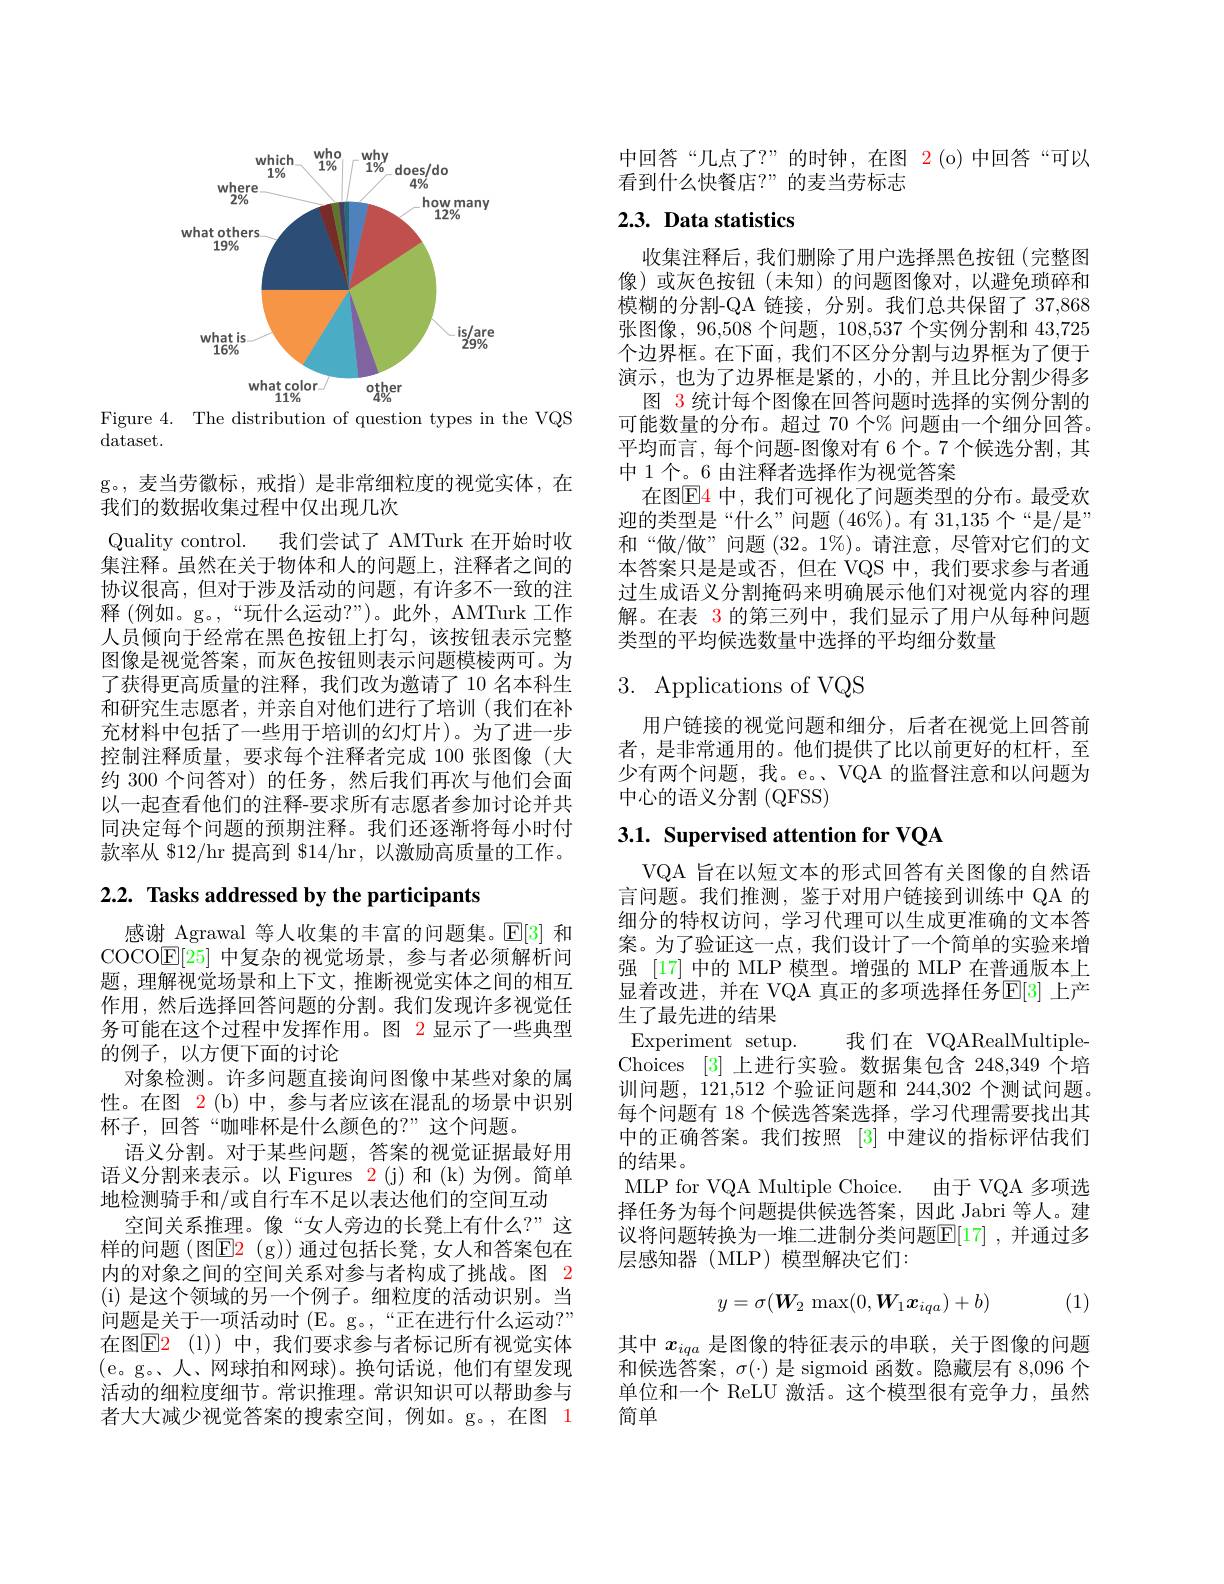
<FigureHere>

Figure 4. The distribution of question types in the VQS
dataset.

g。,麦当劳徽标，戒指)是非常细粒度的视觉实体，在
我们的数据收集过程中仅出现几次
Quality control. 我们尝试了 AMTurk 在开始时收集注释。虽然在关于物体和人的问题上，注释者之间的协议很高，但对于涉及活动的问题，有许多不一致的注释 (例如。g。,“玩什么运动？”)。此外，AMTurk 工作人员倾向于经常在黑色按钮上打勾，该按钮表示完整图像是视觉答案，而灰色按钮则表示问题模棱两可。为了获得更高质量的注释，我们改为邀请了 10 名本科生和研究生志愿者，并亲自对他们进行了培训(我们在补充材料中包括了一些用于培训的幻灯片)。为了进一步控制注释质量，要求每个注释者完成 100 张图像(大约 300 个问答对) 的任务，然后我们再次与他们会面以一起查看他们的注释-要求所有志愿者参加讨论并共同决定每个问题的预期注释。我们还逐渐将每小时付款率从 $12/hr 提高到 $14/hr,以激励高质量的工作。

# 2.2. Tasks addressed by the participants

感谢 Agrawal 等人收集的丰富的问题集。$\mathbb{E}[3]$和COCO$\mathbb{E}[25]$中复杂的视觉场景，参与者必须解析问题，理解视觉场景和上下文，推断视觉实体之间的相互作用，然后选择回答问题的分割。我们发现许多视觉任务可能在这个过程中发挥作用。图 2 显示了一些典型的例子，以方便下面的讨论
对象检测。许多问题直接询问图像中某些对象的属性。在图 2(b)中，参与者应该在混乱的场景中识别杯子，回答“咖啡杯是什么颜色的？”这个问题。
语义分割。对于某些问题，答案的视觉证据最好用语义分割来表示。以 Figures 2(j)和(k)为例。简单地检测骑手和/或自行车不足以表达他们的空间互动
空间关系推理。像“女人旁边的长凳上有什么？”这样的问题 (图$\color{red}{\mathrm{E2~(g))}}$ 通过包括长凳，女人和答案包在内的对象之间的空间关系对参与者构成了挑战。图 2 (i) 是这个领域的另一个例子。细粒度的活动识别。当问题是关于一项活动时 (E。g。,“正在进行什么运动？” 在图$\mathsf{E} 2$ (l))中，我们要求参与者标记所有视觉实体(e。g。人、网球拍和网球)。换句话说，他们有望发现活动的细粒度细节。常识推理。常识知识可以帮助参与者大大减少视觉答案的搜索空间，例如。g。,在图 1

中回答“几点了？”的时钟，在图 2(o)中回答“可以
看到什么快餐店？”的麦当劳标志

## 2.3. Data statistics

收集注释后，我们删除了用户选择黑色按钮(完整图像)或灰色按钮(未知)的问题图像对，以避免琐碎和模糊的分割-QA 链接，分别。我们总共保留了 37,868张图像，96,508 个问题，108,537 个实例分割和 43,725个边界框。在下面，我们不区分分割与边界框为了便于演示，也为了边界框是紧的，小的，并且比分割少得多
图 3 统计每个图像在回答问题时选择的实例分割的可能数量的分布。超过 70 个% 问题由一个细分回答。平均而言，每个问题-图像对有 6 个。7 个候选分割，其中 1 个。6 由注释者选择作为视觉答案
在图$\mathbb{E}$4 中，我们可视化了问题类型的分布。最受欢迎的类型是“什么”问题(46$\%)。有 31,135个“是/是”$ 和“做/做”问题(32。1%)。请注意，尽管对它们的文本答案只是是或否，但在 VQS 中，我们要求参与者通过生成语义分割掩码来明确展示他们对视觉内容的理解。在表 3 的第三列中，我们显示了用户从每种问题类型的平均候选数量中选择的平均细分数量

# 3. Applications of VQS

用户链接的视觉问题和细分，后者在视觉上回答前者，是非常通用的。他们提供了比以前更好的杠杆，至少有两个问题，我。e。、VQA 的监督注意和以问题为中心的语义分割(QFSS)

# 3.1. Supervised attention for VQA

VQA 旨在以短文本的形式回答有关图像的自然语言问题。我们推测，鉴于对用户链接到训练中 QA 的细分的特权访问，学习代理可以生成更准确的文本答案。为了验证这一点，我们设计了一个简单的实验来增强 [17] 中的 MLP 模型。增强的 MLP 在普通版本上显着改进，并在 VQA 真正的多项选择任务$\operatorname{E}[3]$ 上产生了最先进的结果
Experiment setup. 我们在 VQARealMultipleChoices [3]上进行实验。数据集包含 248,349 个培训问题，121,512 个验证问题和 244,302 个测试问题。每个问题有 18 个候选答案选择，学习代理需要找出其中的正确答案。我们按照 [3] 中建议的指标评估我们的结果。
MLP for VQA Multiple Choice. 由于 VQA 多项选择任务为每个问题提供候选答案，因此 Jabri 等人。建议将问题转换为一堆二进制分类问题$\mathbb{E}[17]$ ,并通过多层感知器(MLP)模型解决它们：
$$y=\sigma(\boldsymbol{W}_2\max(0,\boldsymbol{W}_1\boldsymbol{x}_{iqa})+b)$$
(1)

其中$x_{iqa}$是图像的特征表示的串联，关于图像的问题和候选答案，$\sigma(\cdot)$是 sigmoid 函数。隐藏层有 8,096 个单位和一个 ReLU 激活。这个模型很有竞争力，虽然简单